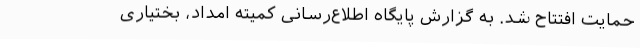
حمایت افتتاح شد. به گزارش پایگاه اطلاع‌رسانی کمیته امداد، بختیاری